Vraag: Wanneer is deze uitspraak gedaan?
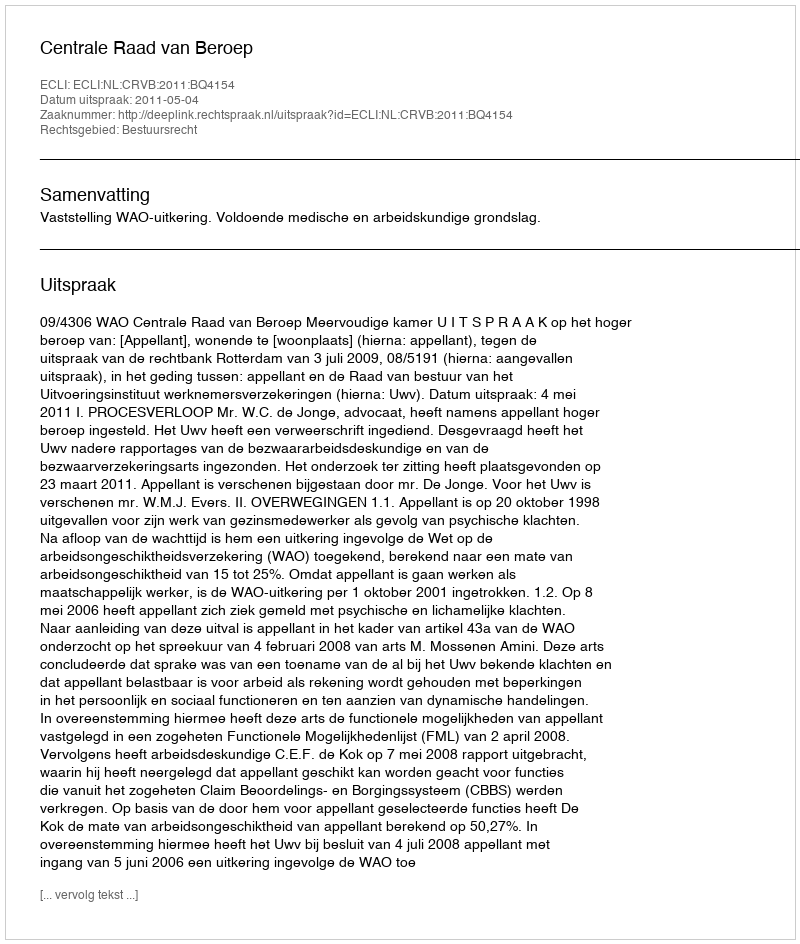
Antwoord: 2011-05-04